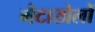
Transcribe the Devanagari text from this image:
मेटाखेलों